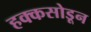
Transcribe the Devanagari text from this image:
हक्कसोडून